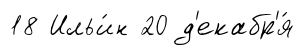
18 Ильи́н 20 д'екабр'я́